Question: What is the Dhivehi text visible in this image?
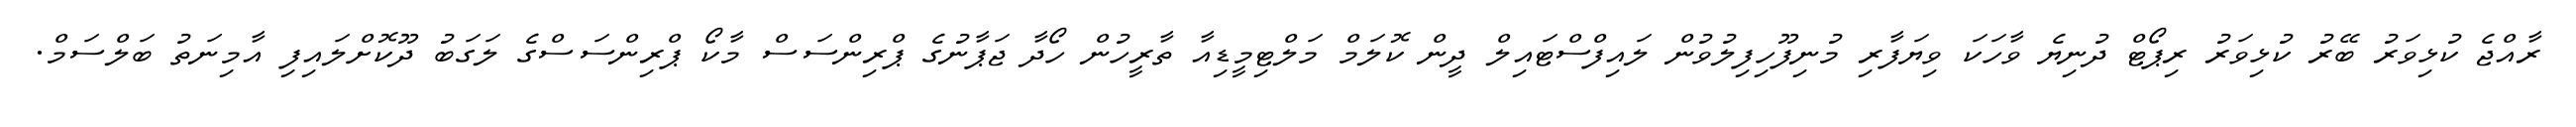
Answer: ރާއްޖެ ކުޅިވަރު ބޭރު ކުޅިވަރު ރިޕޯޓް ދުނިޔެ ވާހަކަ ވިޔަފާރި މުނިފޫހިފިލުވުން ލައިފްސްޓައިލް ދީން ކޮލަމް މަލްޓިމީޑިއާ ތާރީހުން ހޯދާ ޖަޕާނުގެ ޕްރިންސަސް މާކޯ ޕްރިންސަސްގެ ލަގަބު ދޫކޮށްލައިފި އާމިނަތު ބަލްސަމް.